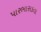
પારભાસકતા